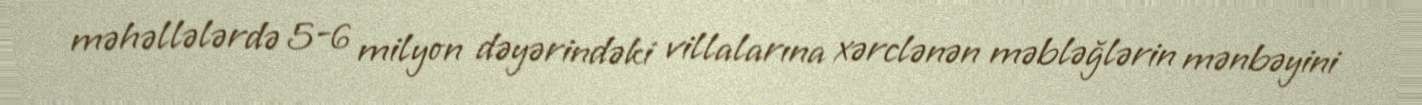
məhəllələrdə 5-6 milyon dəyərindəki villalarına xərclənən məbləğlərin mənbəyini